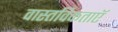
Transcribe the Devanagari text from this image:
वास्तविकताएॅ